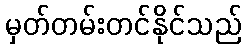
မှတ်တမ်းတင်နိုင်သည်